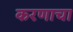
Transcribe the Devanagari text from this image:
करणाचा